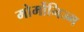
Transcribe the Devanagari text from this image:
मोर्मोनिज्म